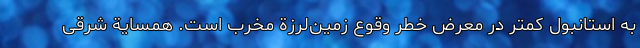
به استانبول کمتر در معرض خطر وقوع زمین‌لرزة مخرب است. همسایة شرقی